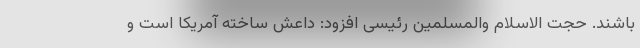
باشند. حجت الاسلام والمسلمین رئیسی افزود: داعش ساخته آمریکا است و